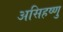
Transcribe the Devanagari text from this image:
असिहष्णु